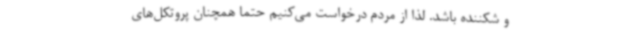
و شکننده باشد. لذا از مردم درخواست می‌کنیم حتما همچنان پروتکل‌های